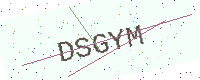
Text: DSGYM